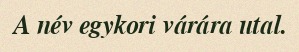
A név egykori várára utal.